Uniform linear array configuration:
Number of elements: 24
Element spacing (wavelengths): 0.25
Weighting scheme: blackman
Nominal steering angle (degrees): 60
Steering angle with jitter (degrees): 59.153
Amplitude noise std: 0.05
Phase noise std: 0.05

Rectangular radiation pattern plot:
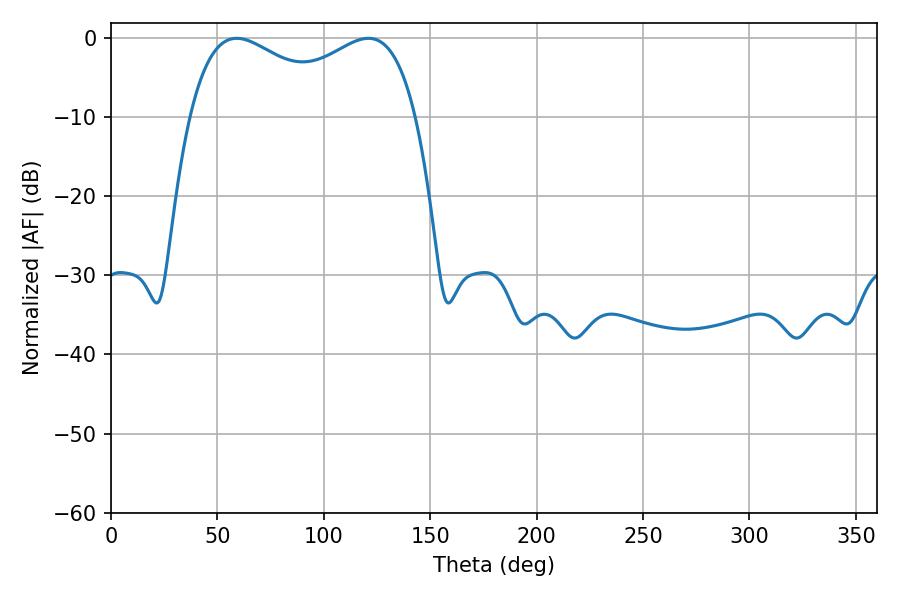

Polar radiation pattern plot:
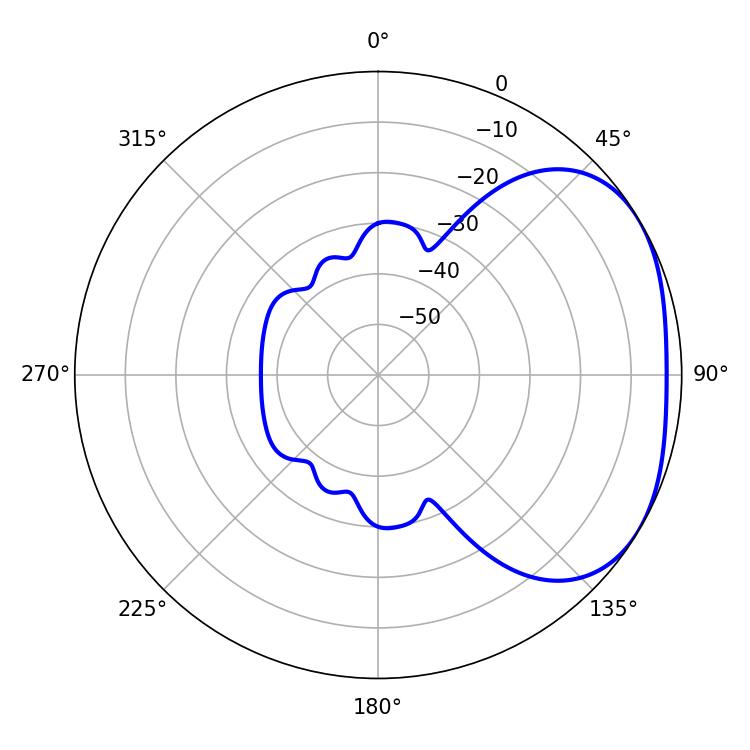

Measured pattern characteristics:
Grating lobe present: FALSE
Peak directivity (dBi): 2.601
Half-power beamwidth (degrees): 88.56
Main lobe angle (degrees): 59.04